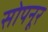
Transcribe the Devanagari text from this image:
सोपनूर